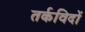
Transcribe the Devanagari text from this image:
तर्कविदों